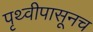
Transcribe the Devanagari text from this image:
पृथ्वीपासूनच